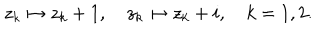
z _ { k } \mapsto z _ { k } + 1 , \quad z _ { k } \mapsto z _ { k } + i , \quad k = 1 , 2 .